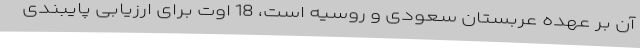
آن بر عهده عربستان سعودی و روسیه است، 18 اوت برای ارزیابی پایبندی